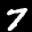
Label: 7